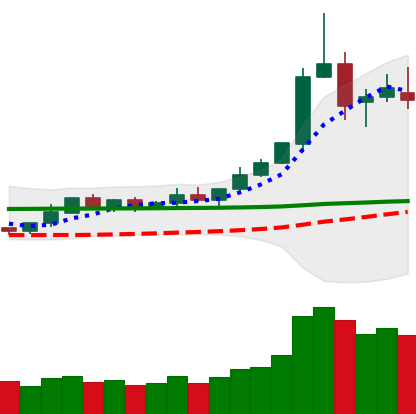
Ticker: DOGE-USD
Chart end date: 2020-02-13
Forward return: -6.18%
Label: down_5_7